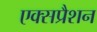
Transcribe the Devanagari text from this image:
एक्सप्रैशन